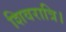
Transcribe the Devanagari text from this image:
शिवरात्रि।